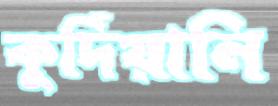
কুর্দিয়ানি